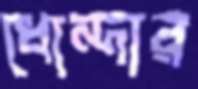
ধোন্দার